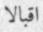
اقبالا